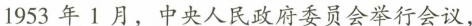
1953年1月，中央人民政府委员会举行会议，